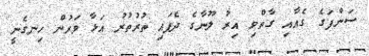
ސަންފަގެ ގެއާއި ގާތްވި އިރު ލޫނާގެ ދެފައި ތުރުތުރު އަޅާ ވަރުން ހިނގެނީ